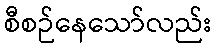
စီစဉ်နေသော်လည်း